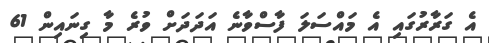
އެ ގަރާރުގައި އެ މައްސަލަ ފާސްވާނެ އަދަދަށް ވުރެ މާ ގިނައިން 61